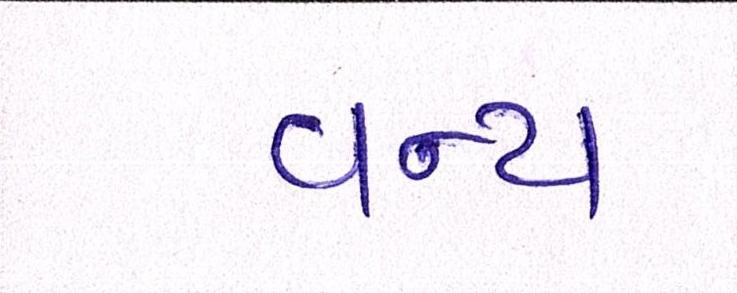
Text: વન્ય